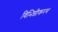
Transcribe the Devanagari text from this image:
विभिन्नीकरण